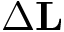
\Delta \mathbf { L }